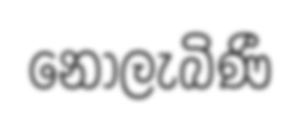
නොලැබිණී